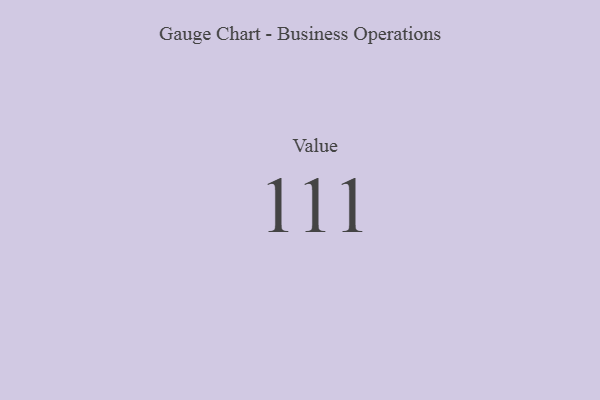
{"axis": {"x": "Metric", "y": "Value"}, "legend": [""], "data": [{"x": "Value", "y": 111, "type": ""}]}